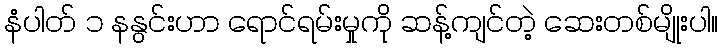
နံပါတ် ၁ နနွင်းဟာ ရောင်ရမ်းမှုကို ဆန့်ကျင်တဲ့ ဆေးတစ်မျိုးပါ။